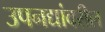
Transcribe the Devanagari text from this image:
उपनद्यांवरील